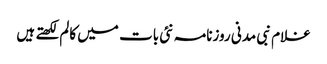
غلام نبی مدنی روزنامہ نئی بات میں کالم لکھتے ہیں